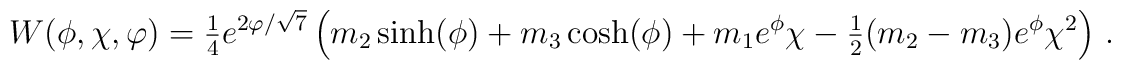
W(\phi, \chi, \varphi) = {\textstyle{1\over 4}} e^{2\varphi/\sqrt{7}}    \left( m_2 \sinh(\phi) + m_3 \cosh(\phi) + m_1 e^\phi\chi    - {\textstyle{1\over 2}}(m_2-m_3)e^\phi \chi^2\right )\, .